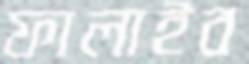
ফালাইব